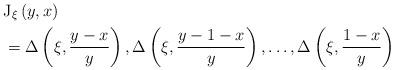
LaTeX: \begin{align*}&{{\operatorname{J}}_{\xi }}\left( y,x \right)\\&=\Delta \left( \xi ,\frac{y-x}{y} \right),\Delta \left( \xi ,\frac{y-1-x}{y} \right),\ldots ,\Delta \left( \xi ,\frac{1-x}{y} \right)\end{align*}